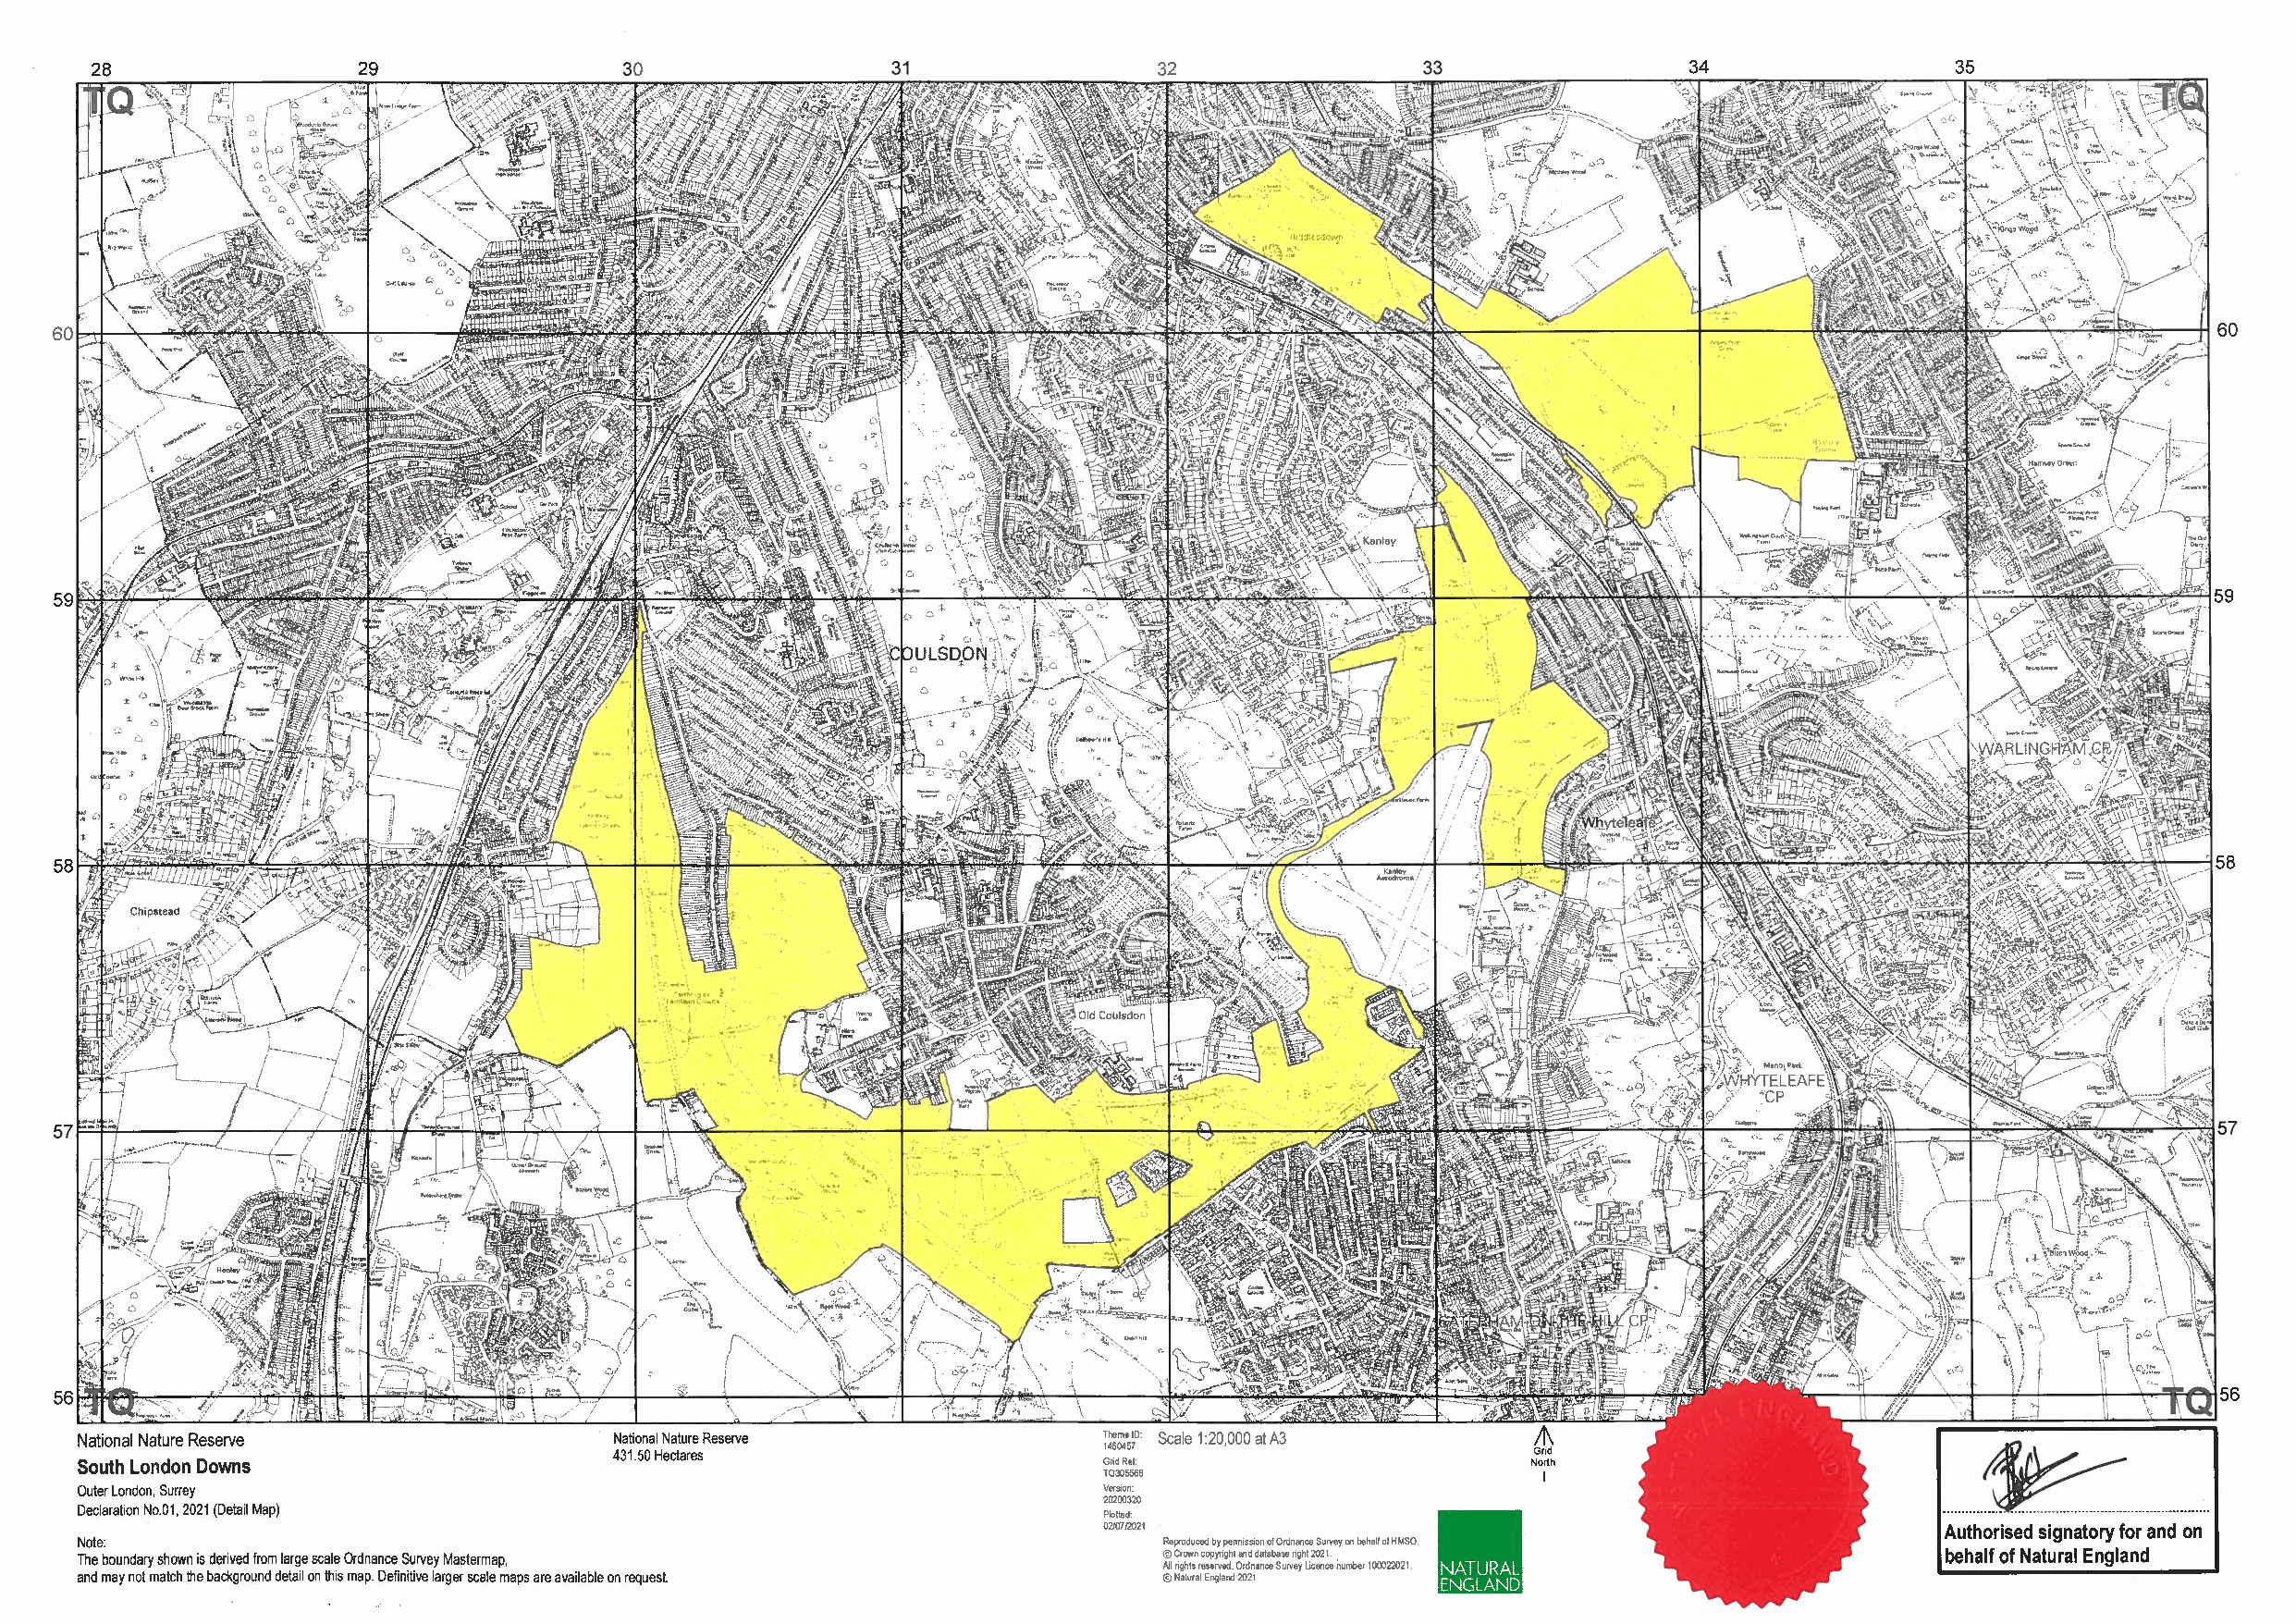
28                 29                 30                                    32                 33                 34                 35
 60
 ~:,\~
 C, •
 :t .,.,.,
 ,. "' ·~
 ~.;;. ,~          '\
 ;)
 °".... .t        " , c, l~-­
 tJ                  ..
 ~ ~~ :t_./~~'         .
 8
 .:~i~•~!,/,'~ /-··: ·_ ~./
 -:.4 i _,-ii!
 f!:,7fl 1i t11~
 I1i j
 ~   ~
 .,:-~...:
 7
 :I,---;;--
 \
 ,,·•·., \l l\\:
 i'I ;- f__JS---c-
 (1 \·i ::\: !:~tr:~' ~.-~ -=--
 ··1 \
 "·\ ~ '-"-."s->-·-•1,;.,!~ · ·- o:-;li _\
 c..-~ \
 ~\~-~~.'-·l-'I-•-' =r \
 I t~---
 cOr.\
 ~
 I \",
 ,--~,--~"--..:....-..+-- ._...__ _.rl--..........=!IF-#=~56
 National Nature Reserve               National Nature Reserve            Theme ID:
 1460457
 431. 50 Hectares
 South London Downs                                                       Grid Ref:
 TQ305568
 Outer London, Surrey                                                     Version:
 20200320
 Declaration No.01, 2021 (Detail Map)
 P~tted:
 02/07/2021                                                  Authorised signatory for and on
 Note:                                                                        Reproduced by permission of Ordnance Survey on behalf of HMSO.
 The boundary shown is derived from large scale Ordnance Survey Mastermap,    © CrOW"n copyright aid database right 2021.             behalf of Natural England
 All rights reserved. Ordnance Survey Licence iiumber 100022021 ,
 and may not match the background detail on this map. Definitive larger scale maps are available on request © Natural England 2021